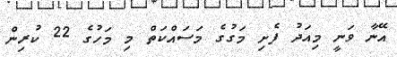
އޭނާ ވަނީ މިއަދު ފެށި މަގުގެ މަސައްކަތް މި މަހުގެ 22 ކުރިން